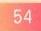
\(54\)